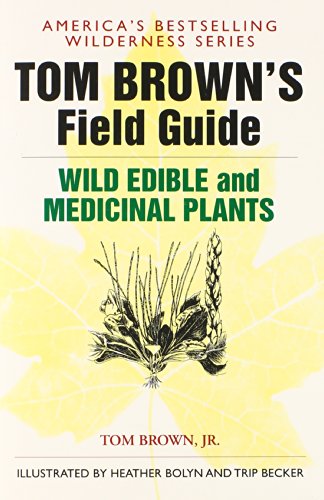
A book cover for Tom Brown's Guide to Wild Edible and Medicinal Plants (Field Guide); Tom Brown; Science & Math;